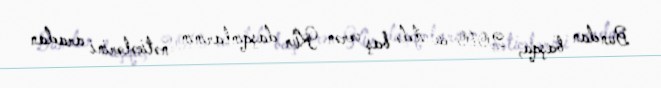
Bundan başqa, 2010-cu ildə baş verən Kür daşqınlarının nəticələrini aradan